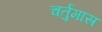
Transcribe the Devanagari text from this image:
चर्तुमास